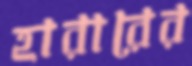
হারারের